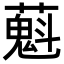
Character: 𬞴